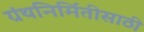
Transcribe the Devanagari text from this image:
ग्रंथनिर्मितीसाठी